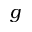
g